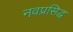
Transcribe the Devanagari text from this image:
नवप्रसिद्ध